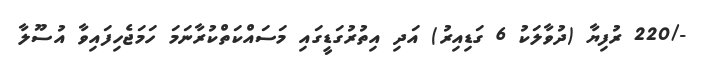
-/220 ރުފިޔާ (ދުވާލަކު 6 ގަޑިއިރު) އަދި އިތުރުގަޑީގައި މަސައްކަތްކުރާނަމަ ހަމަޖެހިފައިވާ އުސޫލާ